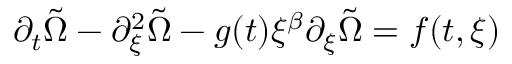
\partial _ { t } \tilde { \Omega } - \partial _ { \xi } ^ { 2 } \tilde { \Omega } - g ( t ) \xi ^ { \beta } \partial _ { \xi } \tilde { \Omega } = f ( t , \xi )